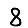
Digit: 8